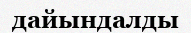
дайындалды